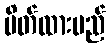
ပိတ်ထားမည်